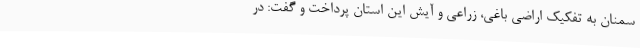
سمنان به تفکیک اراضی باغی، زراعی و آیش این استان پرداخت و گفت: در